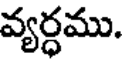
వ్యర్ధము.